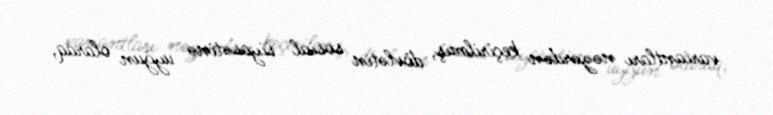
variantları nəzərdən keçirilmiş, dövlətin sosial siyasətinə uyğun olaraq,